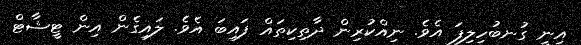
އިނީ ގުނބުހިލިފަ އެވެ. ނިއްކުރިން ދާތިކިތައް ފައިބަ އެވެ. ލައިގެން އިން ޓީޝާޓް